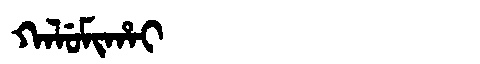
Manchu: ᡴᠠᠯᡠᠮᡳᡥᠠᡳ
Romanization: KALUMIHAI